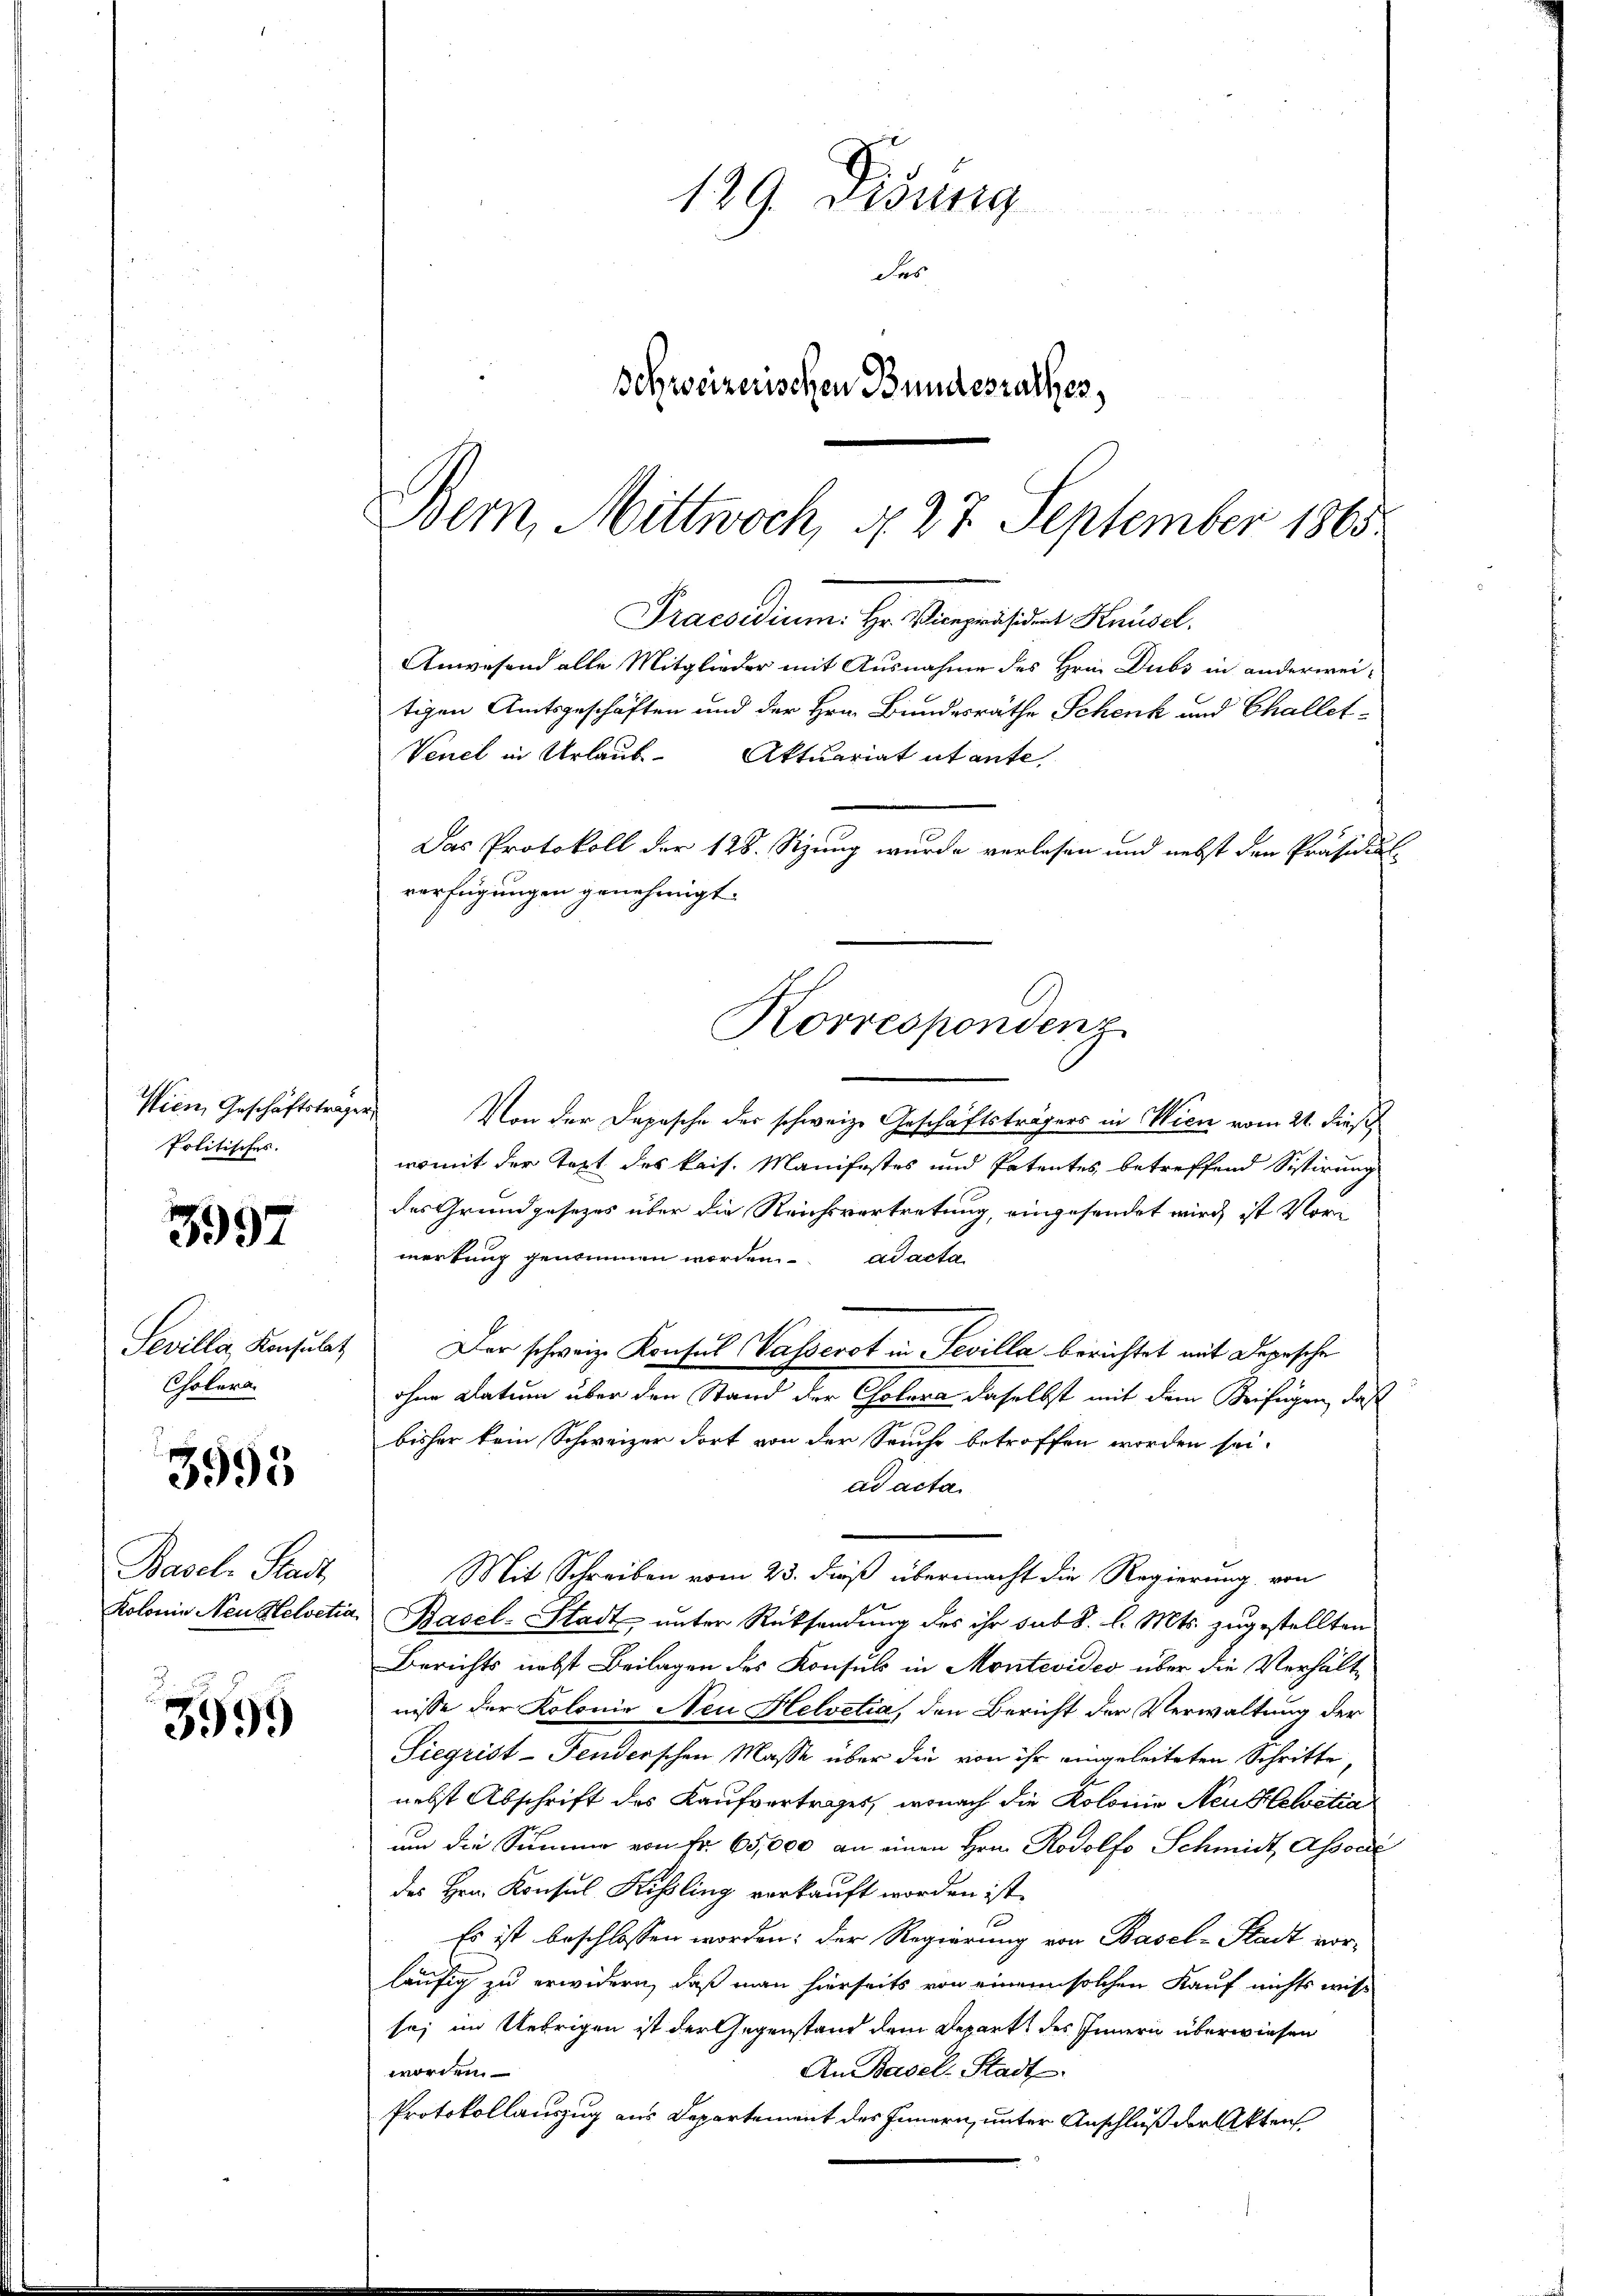
Wien, Geschäftstrage
Politisches.

3997

Sevilla, Konsulat
Cholera

3993

Basel-Stadt,
Kolonie Neu Helvetia

3999

129. Disung
des
schweizerischen Bundesrathes,

Bern, Mittwoch, d. 27. September 1865.
Praesidium: Hr. Vicepräsident Knüsel.
Anwesend alle Mitglieder mit Ausnahme des Hrnn Dubs in anderweitigen Amtsgeschäften und der Hrn. Bundesräthe Schenk und Challet¬
Venet in Urlaub- Aktuariat utante,
Das Protokoll der 128. Sitzung wurde verlesen und nebst den Präsidial-
verfügungen genehmigt.

24
Von der Depesche der schweize Geschäftsträgers in Wien vom 21. dies
womit der Text des kais. Manifestes und Patentes betreffend Sistirung
des Grundgesezes über die Reichsvertretung, eingesendet wird, ist Vormerkung genommen worden. ad acta
Der schweize Konsul Wasserot in Sevilla berichtet mit Depesche
ohne Datum über den Stand der Cholera daselbst mit dem Beifügen, daß
bisher kein Schweizer dort von der Seuche betroffen worden sei.
ad acta
Mit Schreiben vom 23. dieß übermacht die Regierung von
Basel-Stadt unter Rücksendung des ihr sub 8. l. Mts. zugestellten
Berichts nebst Beilagen des Konsuls in Montevideo über die Verhältnisse der Kolonie Neu Helvetia, den Bericht der Verwaltung der
Siegrist-Tenderschen Masse über die von ihr eingeleiteten Schritte,
nebst Abschrift des Kaufvertrages, wonach die Kolonie Neu Helvetia
um die Summe von Fr. 65,000 an einen Hrn. Rodolf Schmidt, Associe
des Hrn. Konsul Kissling verkauft worden ist.
1
Es ist beschlossen worden: der Regierung von Basel-Stadt vor-
läufig zu erwidern, daß man hierseits von einen solchen Kauf nichts wiss
se; im Uebrigen ist der Gegenstand dem Depart des Innern überwiesen
An Basel-Stadt
worden.
Protokollauszug aus Departement des Innern, unter Anschluß der Akten

Korrespondenz